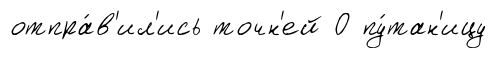
отпра́в'ил'ись точн'ей О пу́тан'ицу